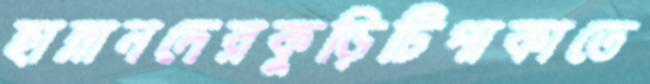
হান্নানদেরকুড়িটিপাকাতে